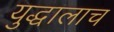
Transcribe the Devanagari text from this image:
युद्धालाच